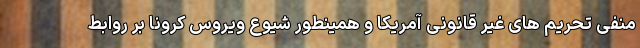
منفی تحریم های غیر قانونی آمریکا و همینطور شیوع ویروس کرونا بر روابط